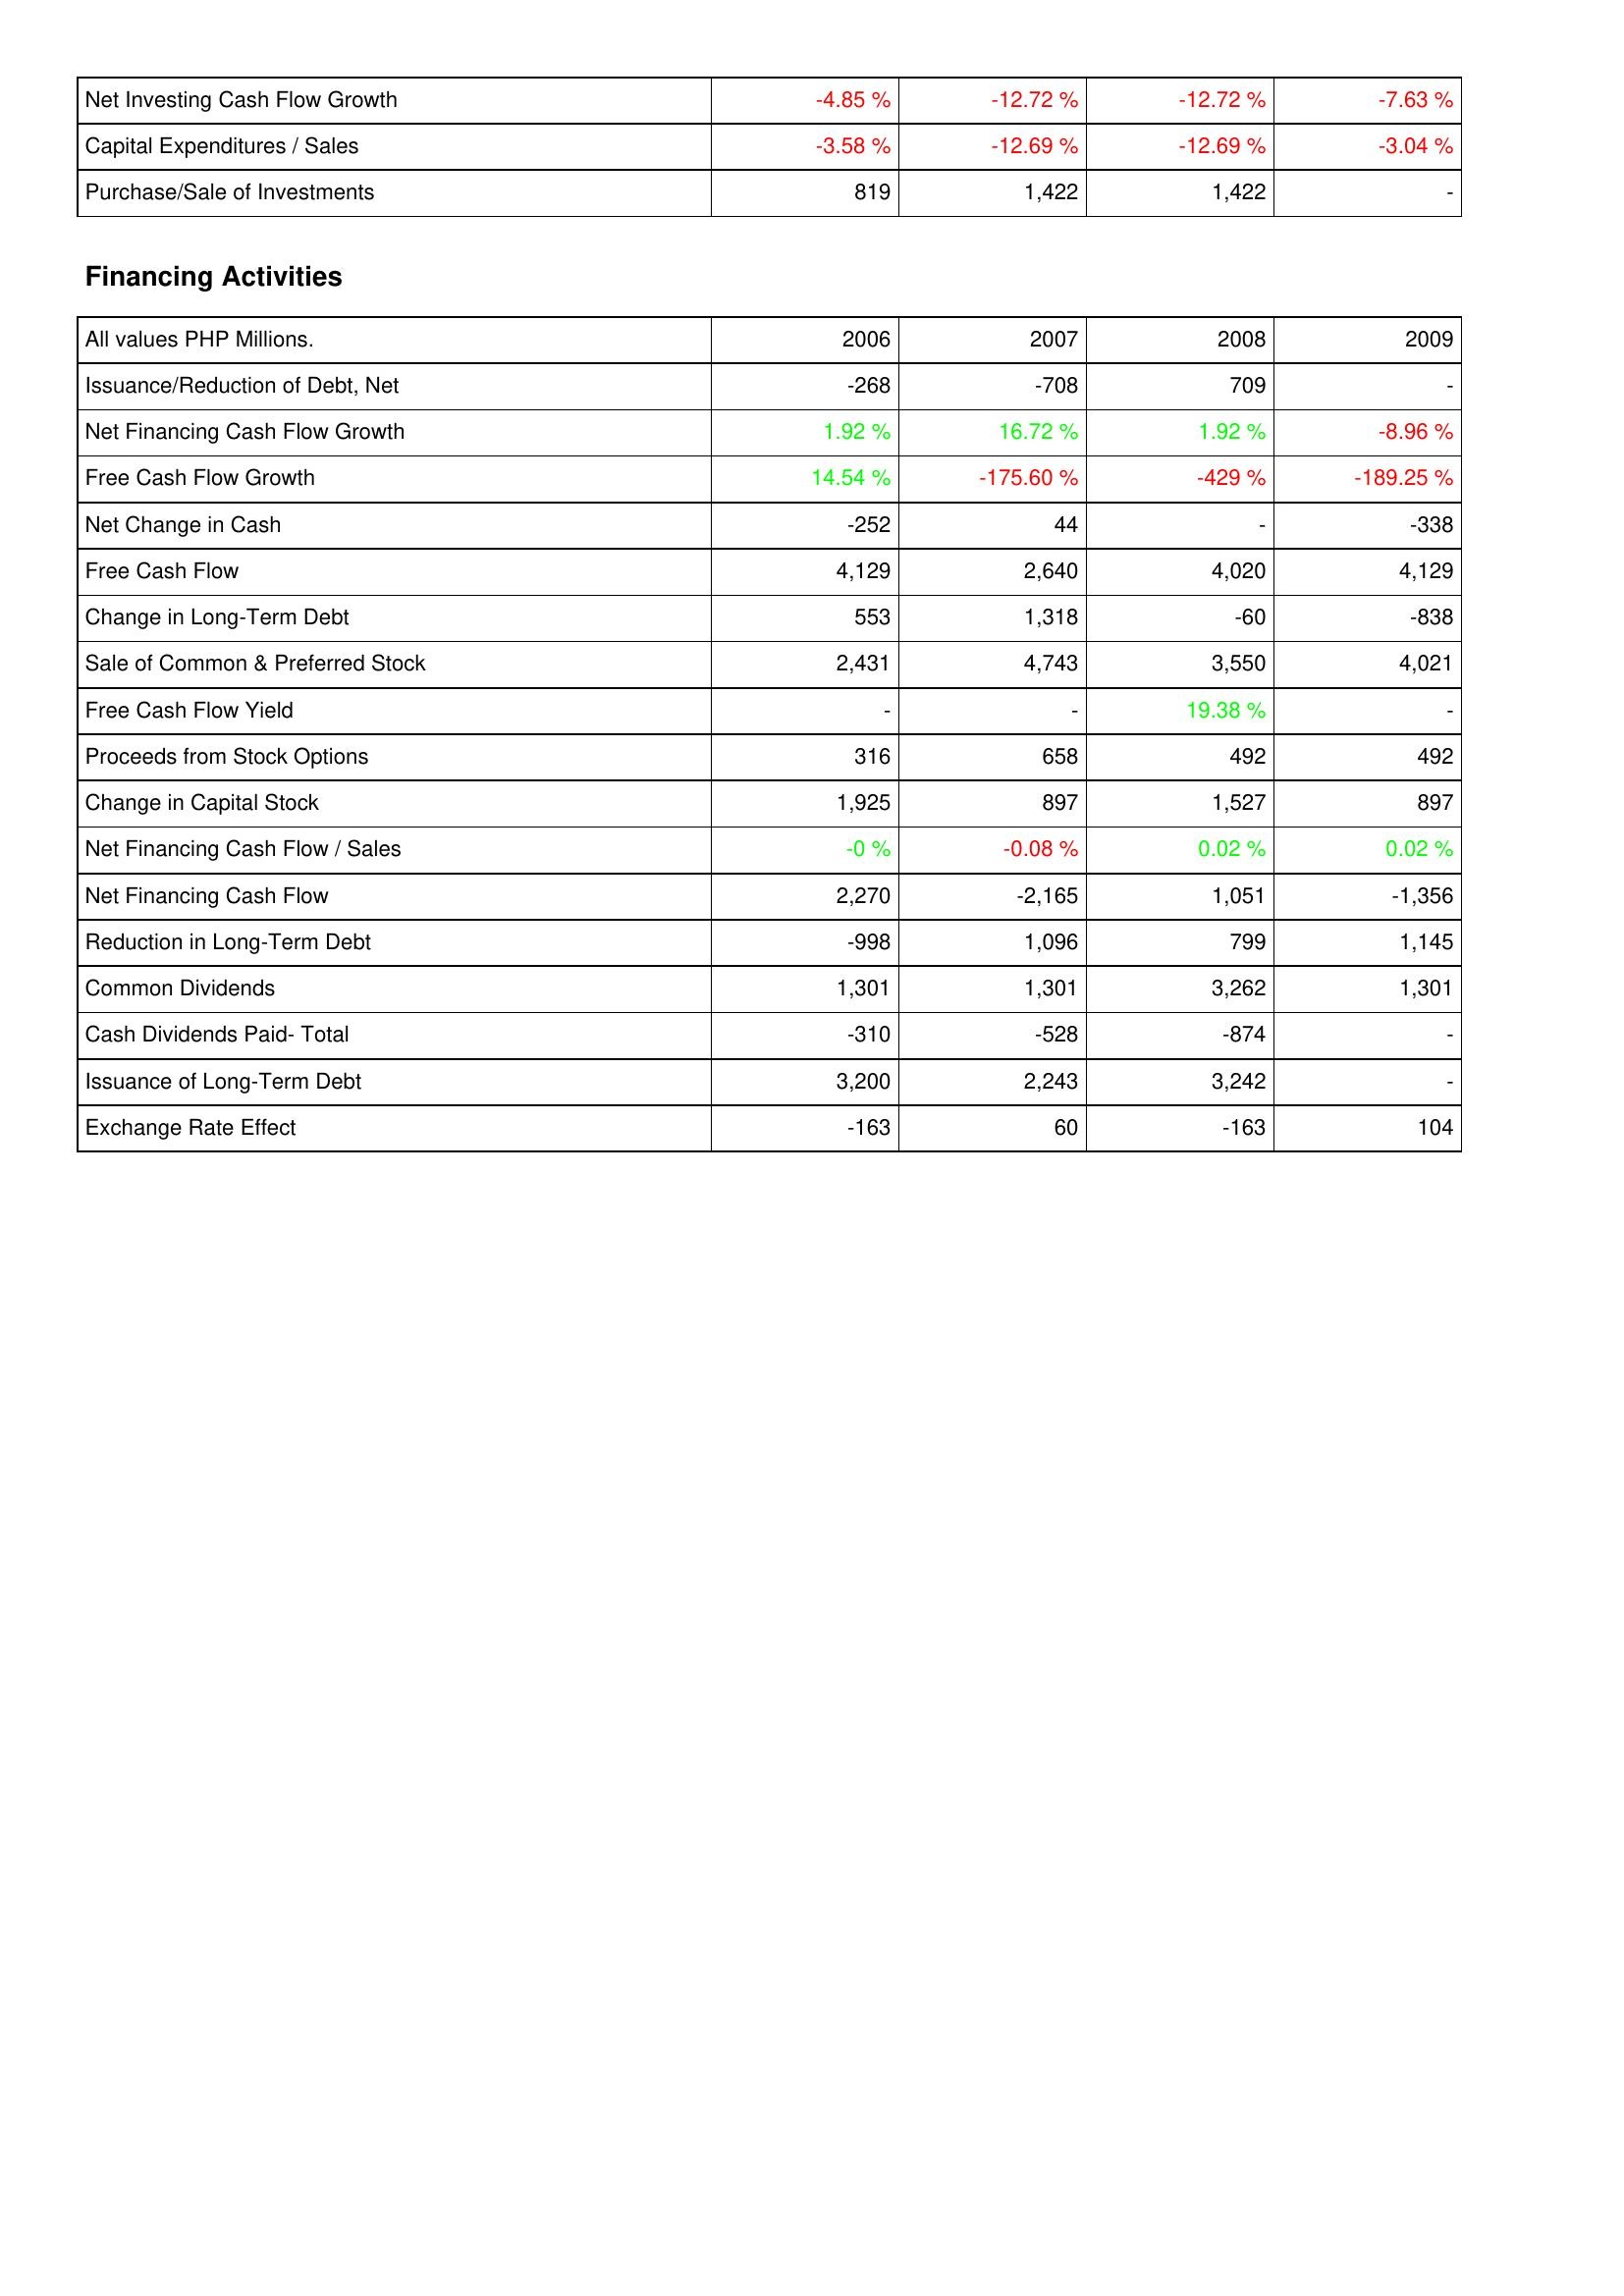
2006: Investing Activities: Net Investing Cash Flow Growth: -4.85 %
Capital Expenditures / Sales: -3.58 %
Purchase/Sale of Investments: 819
Financing Activities: Issuance/Reduction of Debt, Net: -268
Net Financing Cash Flow Growth: 1.92 %
Free Cash Flow Growth: 14.54 %
Net Change in Cash: -252
Free Cash Flow: 4,129
Change in Long-Term Debt: 553
Sale of Common & Preferred Stock: 2,431
Free Cash Flow Yield: -
Proceeds from Stock Options: 316
Change in Capital Stock: 1,925
Net Financing Cash Flow / Sales: -0 %
Net Financing Cash Flow: 2,270
Reduction in Long-Term Debt: -998
Common Dividends: 1,301
Cash Dividends Paid- Total: -310
Issuance of Long-Term Debt: 3,200
Exchange Rate Effect: -163
2007: Investing Activities: Net Investing Cash Flow Growth: -12.72 %
Capital Expenditures / Sales: -12.69 %
Purchase/Sale of Investments: 1,422
Financing Activities: Issuance/Reduction of Debt, Net: -708
Net Financing Cash Flow Growth: 16.72 %
Free Cash Flow Growth: -175.60 %
Net Change in Cash: 44
Free Cash Flow: 2,640
Change in Long-Term Debt: 1,318
Sale of Common & Preferred Stock: 4,743
Free Cash Flow Yield: -
Proceeds from Stock Options: 658
Change in Capital Stock: 897
Net Financing Cash Flow / Sales: -0.08 %
Net Financing Cash Flow: -2,165
Reduction in Long-Term Debt: 1,096
Common Dividends: 1,301
Cash Dividends Paid- Total: -528
Issuance of Long-Term Debt: 2,243
Exchange Rate Effect: 60
2008: Investing Activities: Net Investing Cash Flow Growth: -12.72 %
Capital Expenditures / Sales: -12.69 %
Purchase/Sale of Investments: 1,422
Financing Activities: Issuance/Reduction of Debt, Net: 709
Net Financing Cash Flow Growth: 1.92 %
Free Cash Flow Growth: -429 %
Net Change in Cash: -
Free Cash Flow: 4,020
Change in Long-Term Debt: -60
Sale of Common & Preferred Stock: 3,550
Free Cash Flow Yield: 19.38 %
Proceeds from Stock Options: 492
Change in Capital Stock: 1,527
Net Financing Cash Flow / Sales: 0.02 %
Net Financing Cash Flow: 1,051
Reduction in Long-Term Debt: 799
Common Dividends: 3,262
Cash Dividends Paid- Total: -874
Issuance of Long-Term Debt: 3,242
Exchange Rate Effect: -163
2009: Investing Activities: Net Investing Cash Flow Growth: -7.63 %
Capital Expenditures / Sales: -3.04 %
Purchase/Sale of Investments: -
Financing Activities: Issuance/Reduction of Debt, Net: -
Net Financing Cash Flow Growth: -8.96 %
Free Cash Flow Growth: -189.25 %
Net Change in Cash: -338
Free Cash Flow: 4,129
Change in Long-Term Debt: -838
Sale of Common & Preferred Stock: 4,021
Free Cash Flow Yield: -
Proceeds from Stock Options: 492
Change in Capital Stock: 897
Net Financing Cash Flow / Sales: 0.02 %
Net Financing Cash Flow: -1,356
Reduction in Long-Term Debt: 1,145
Common Dividends: 1,301
Cash Dividends Paid- Total: -
Issuance of Long-Term Debt: -
Exchange Rate Effect: 104